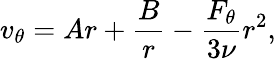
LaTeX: v_{\theta}=Ar+\frac{B}{r}-\frac{F_{\theta}}{3\nu}r^{2},